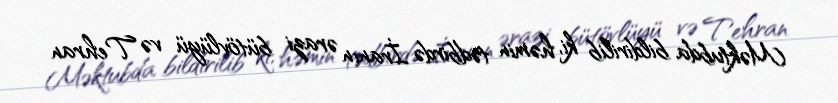
Məktubda bildirilib ki, həmin tədbirdə İranın ərazi bütövlüyü və Tehran